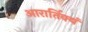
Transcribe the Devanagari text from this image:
आरार्तिक्यं